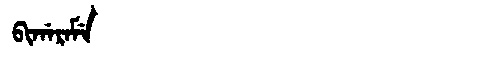
Manchu: ᠪᡳᡤᠠᡵᠠᠮᡝ
Romanization: BIGARAME